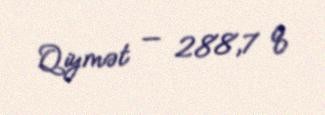
Qiymət — 288,7 q